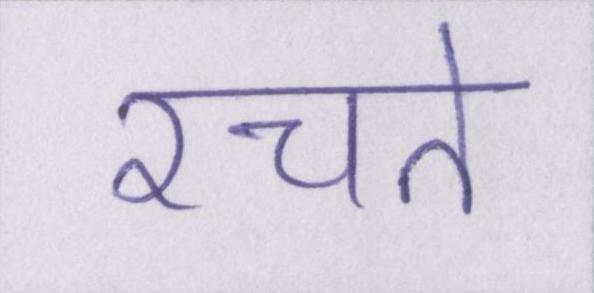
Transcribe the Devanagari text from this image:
रचते